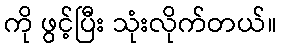
ကို ဖွင့်ပြီး သုံးလိုက်တယ်။